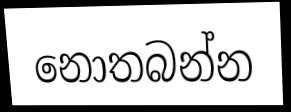
නොතබන්න